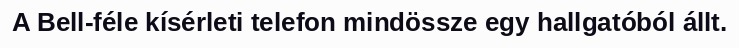
A Bell-féle kísérleti telefon mindössze egy hallgatóból állt.